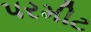
પરમીટ